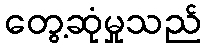
တွေ့ဆုံမှုသည်